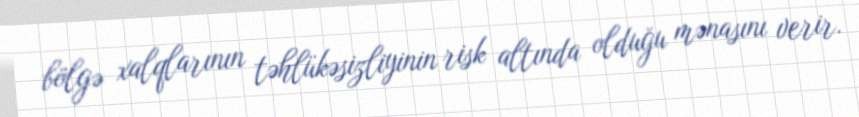
bölgə xalqlarının təhlükəsizliyinin risk altında olduğu mənasını verir.